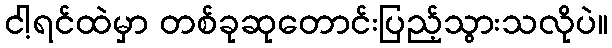
ငါ့ရင်ထဲမှာ တစ်ခုဆုတောင်းပြည့်သွားသလိုပဲ။